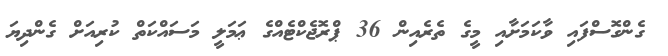
ގެންގޮސްފައި ވާކަމަށާއި މީގެ ތެރެއިން 36 ޕްރޮޖެކްޓެއްގެ ޢަމަލީ މަސައްކަތް ކުރިއަށް ގެންދިޔަ